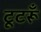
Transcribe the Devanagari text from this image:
टूटरूँ